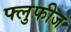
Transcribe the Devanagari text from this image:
फ्लुफीज